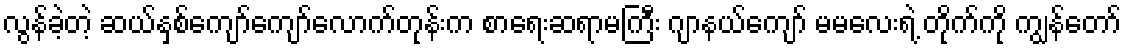
လွန်ခဲ့တဲ့ ဆယ်နှစ်ကျော်ကျော်လောက်တုန်းက စာရေးဆရာမကြီး ဂျာနယ်ကျော် မမလေးရဲ့ တိုက်ကို ကျွန်တော်